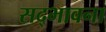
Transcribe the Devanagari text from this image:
सद्‌भावना